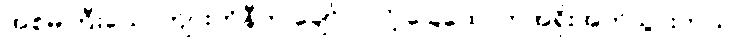
အစ်မကြီးယောက်ျားကိုနီက ချော်လဲလို့ ခြေထောက်အရိုးအက်သွားတယ်။